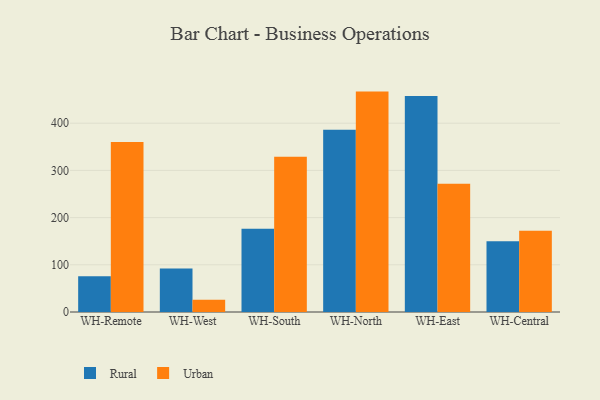
{"axis": {"x": "Warehouse", "y": "Temperature (°C)"}, "legend": ["Rural", "Urban"], "data": [{"x": "WH-Remote", "y": 76.0, "type": "Rural"}, {"x": "WH-Remote", "y": 360.1, "type": "Urban"}, {"x": "WH-West", "y": 92.0, "type": "Rural"}, {"x": "WH-West", "y": 26.2, "type": "Urban"}, {"x": "WH-South", "y": 176.4, "type": "Rural"}, {"x": "WH-South", "y": 329.0, "type": "Urban"}, {"x": "WH-North", "y": 386.3, "type": "Rural"}, {"x": "WH-North", "y": 467.0, "type": "Urban"}, {"x": "WH-East", "y": 457.5, "type": "Rural"}, {"x": "WH-East", "y": 272.0, "type": "Urban"}, {"x": "WH-Central", "y": 150.0, "type": "Rural"}, {"x": "WH-Central", "y": 172.4, "type": "Urban"}]}